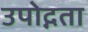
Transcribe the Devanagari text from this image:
उपोद्गता